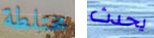
مختلطة يحدث